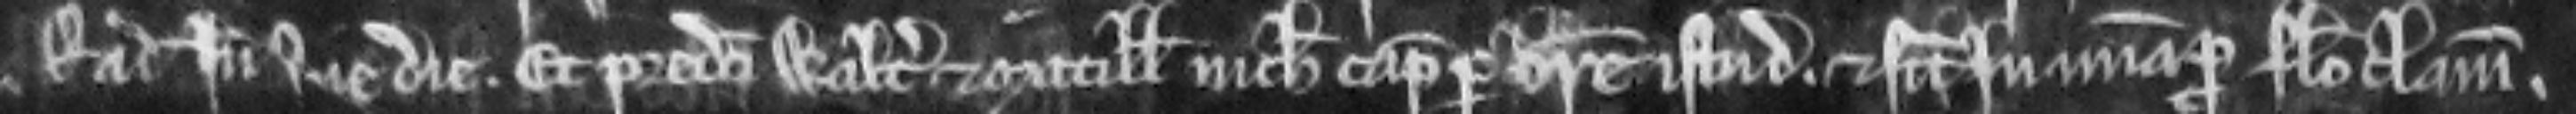
et Radulfus inde sine die. et predicti Walterus et Matillis nichil capiant per breve istud. et sint in misericordia pro falso clamore.